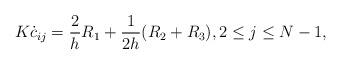
LaTeX: \begin{align*}K \dot c_{ij}=\frac{2}{h} R_1+\frac{1}{2h}( R_2+R_3), 2\leq j \leq N-1,\end{align*}